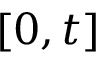
[ 0 , t ]